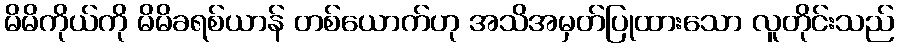
မိမိကိုယ်ကို မိမိခရစ်ယာန် တစ်ယောက်ဟု အသိအမှတ်ပြုထားသော လူတိုင်းသည်